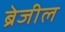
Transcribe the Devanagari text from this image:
ब्रेजील